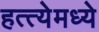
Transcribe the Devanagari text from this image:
हत्त्येमध्ये